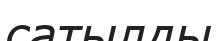
сатылды